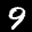
Label: 9